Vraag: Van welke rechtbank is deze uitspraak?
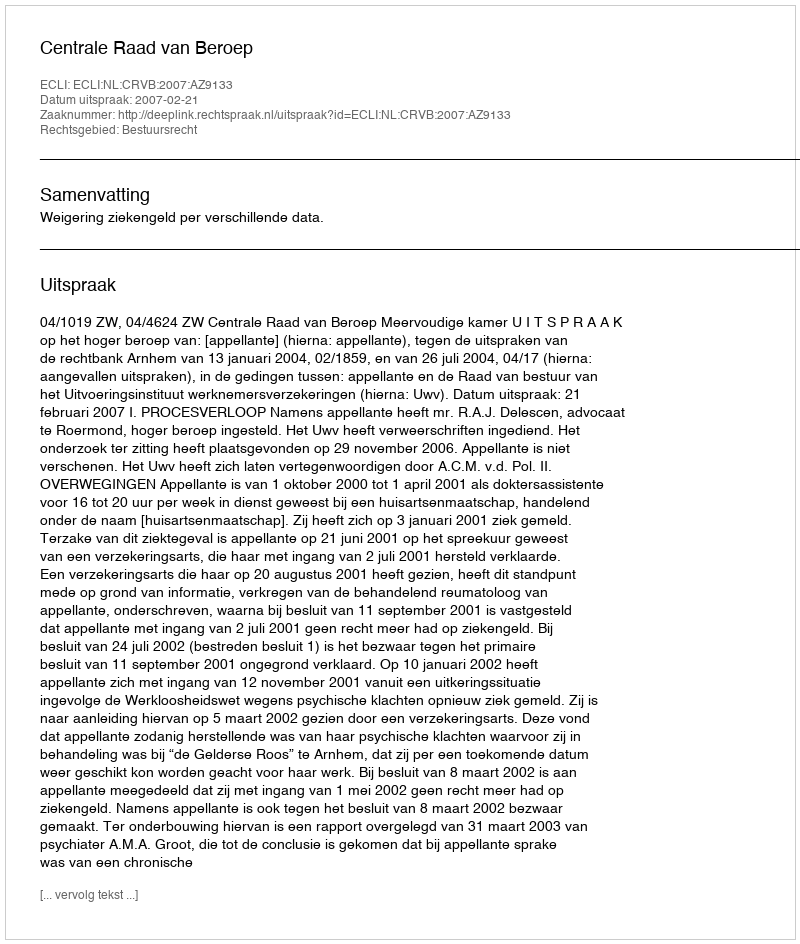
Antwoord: Centrale Raad van Beroep